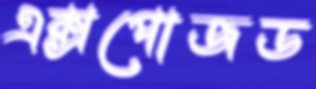
এক্সপোজড